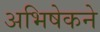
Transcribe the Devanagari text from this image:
अभिषेकने